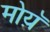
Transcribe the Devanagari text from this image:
मोय़ॅ